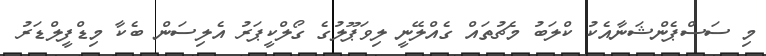
މި ސަސްޕެންޝަނާއެކު ކްލަބު މެޗުތައް ގެއްލޭނީ ލިވަޕޫލުގެ ގޯލްކީޕަރު އެލިސަން ބެކާ މިޑްފީލްޑަރު